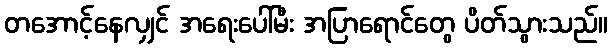
တအောင့်နေလျှင် အရေးပေါ်မီး အပြာရောင်တွေ ပိတ်သွားသည်။